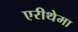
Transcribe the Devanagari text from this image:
एरीथेमा